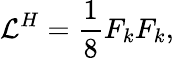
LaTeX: {\cal L}^{H}=\frac{1}{8}F_{k}F_{k},